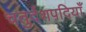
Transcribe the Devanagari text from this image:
चतुर्दशपदियाँ